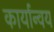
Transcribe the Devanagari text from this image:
कार्यान्वय